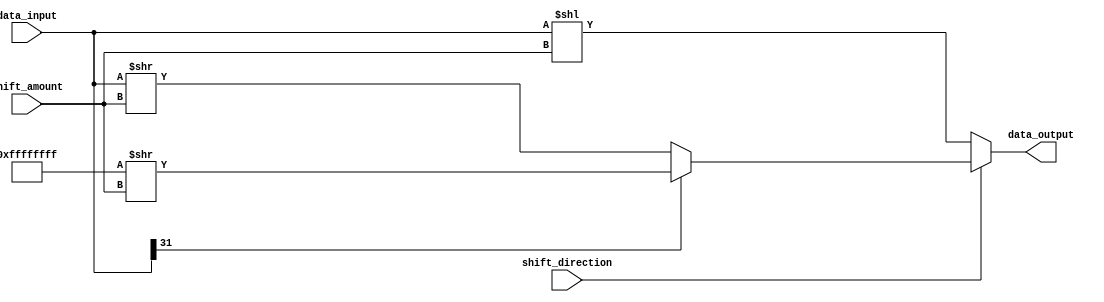
module barrel_shifter (
  input [31:0] data_input,
  input [4:0] shift_amount,
  input shift_direction,
  output reg [31:0] data_output
);

always @(*) begin
  if (shift_direction) begin
    if (data_input[31] == 1) begin // sign extension for arithmetic right shift
      data_output = {32{1'b1}} >> shift_amount;
    end else begin
      data_output = data_input >> shift_amount;
    end
  end else begin
    data_output = data_input << shift_amount;
  end
end

endmodule